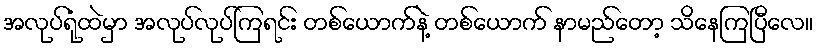
အလုပ်ရုံထဲမှာ အလုပ်လုပ်ကြရင်း တစ်ယောက်နဲ့ တစ်ယောက် နာမည်တော့ သိနေကြပြီလေ။